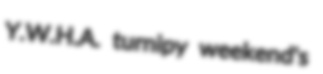
Y.W.H.A. turnipy weekend's